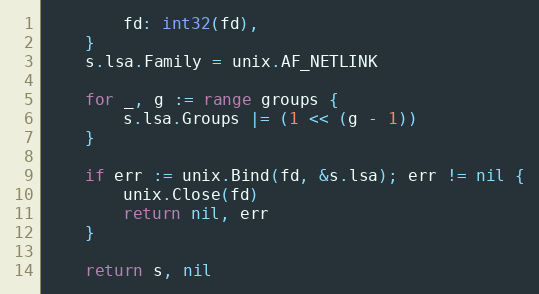
Language: Go
		fd: int32(fd),
	}
	s.lsa.Family = unix.AF_NETLINK

	for _, g := range groups {
		s.lsa.Groups |= (1 << (g - 1))
	}

	if err := unix.Bind(fd, &s.lsa); err != nil {
		unix.Close(fd)
		return nil, err
	}

	return s, nil